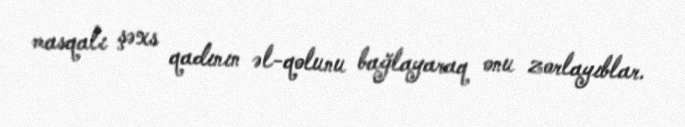
masqalı şəxs qadının əl-qolunu bağlayaraq onu zorlayıblar.